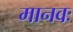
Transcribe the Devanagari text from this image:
मानवः